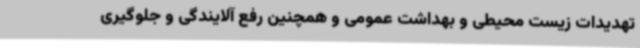
تهدیدات زیست محیطی و بهداشت عمومی و همچنین رفع آلایندگی و جلوگیری